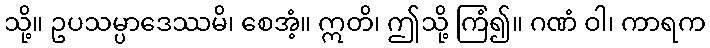
သို့။ ဥပသမ္ပာဒေဿမိ၊ စေအံ့။ ဣတိ၊ ဤသို့ ကြံ၍။ ဂဏံ ဝါ၊ ကာရက